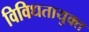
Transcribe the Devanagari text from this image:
विविधतायुक्त